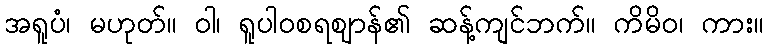
အရူပံ၊ မဟုတ်။ ဝါ၊ ရူပါဝစရဈာန်၏ ဆန့်ကျင်ဘက်။ ကိမိဝ၊ ကား။